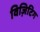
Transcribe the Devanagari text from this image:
विज़िटिग